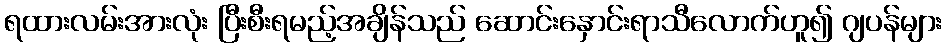
ရထားလမ်းအားလုံး ပြီးစီးရမည့်အချိန်သည် ဆောင်းနှောင်းရာသီလောက်ဟူ၍ ဂျပန်များ